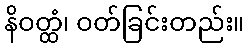
နိဝတ္ထံ၊ ဝတ်ခြင်းတည်း။